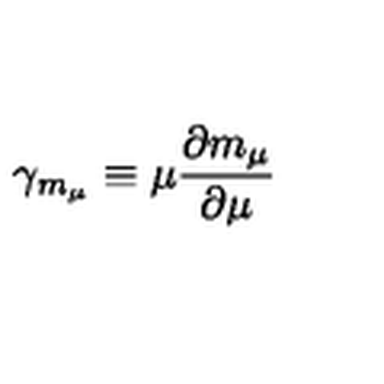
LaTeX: \gamma _ { m _ { \mu } } \equiv \mu \frac { \partial m _ { \mu } } { \partial \mu }